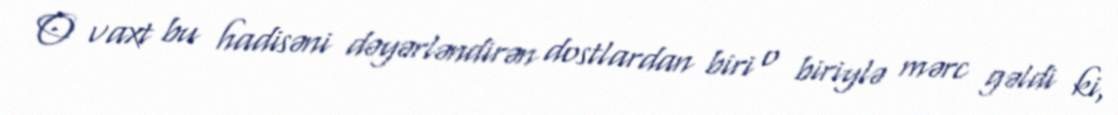
O vaxt bu hadisəni dəyərləndirən dostlardan biri o biriylə mərc gəldi ki,